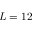
L = 1 2